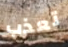
تعذب